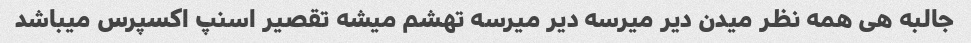
جالبه هی همه نظر میدن دیر میرسه دیر میرسه تهشم میشه تقصیر اسنپ اکسپرس میباشد